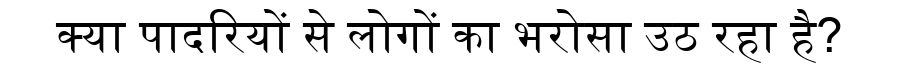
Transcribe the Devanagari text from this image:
क्या पादरियों से लोगों का भरोसा उठ रहा है?